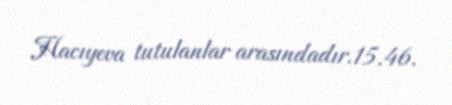
Hacıyeva tutulanlar arasındadır.15.46.